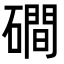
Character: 磵